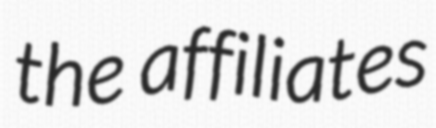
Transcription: the affiliates